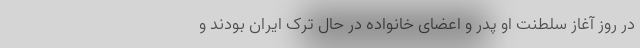
در روز آغاز سلطنت او پدر و اعضای خانواده در حال ترک ایران بودند و